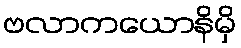
ဗလာကယောနိမှိ